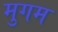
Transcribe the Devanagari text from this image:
मुगम